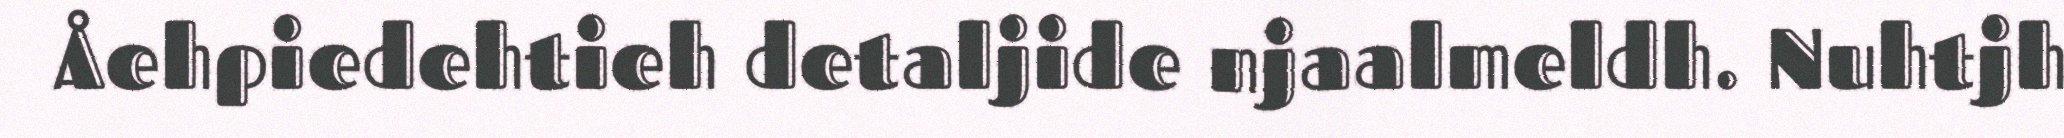
Åehpiedehtieh detaljide njaalmeldh. Nuhtjh